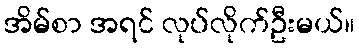
အိမ်စာ အရင် လုပ်လိုက်ဦးမယ်။